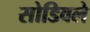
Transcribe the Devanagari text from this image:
सोडिवले